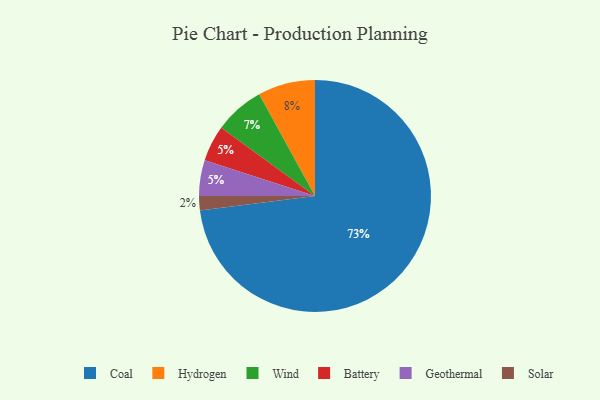
{"axis": {"x": "Category", "y": "Percentage"}, "legend": ["Battery", "Coal", "Geothermal", "Hydrogen", "Solar", "Wind"], "data": [{"x": "Hydrogen", "y": 8, "type": "Hydrogen"}, {"x": "Solar", "y": 2, "type": "Solar"}, {"x": "Wind", "y": 7, "type": "Wind"}, {"x": "Battery", "y": 5, "type": "Battery"}, {"x": "Coal", "y": 73, "type": "Coal"}, {"x": "Geothermal", "y": 5, "type": "Geothermal"}]}